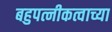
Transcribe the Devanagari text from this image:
बहुपत्नीकत्वाच्या